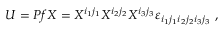
U = P f X = X ^ { i _ { 1 } j _ { 1 } } X ^ { i _ { 2 } j _ { 2 } } X ^ { i _ { 3 } j _ { 3 } } \varepsilon _ { i _ { 1 } j _ { 1 } i _ { 2 } j _ { 2 } i _ { 3 } j _ { 3 } } ~ ,